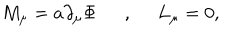
LaTeX: M _ { \mu } = a \partial _ { \mu } \Phi \, \, \, \, \, \, \, \, \, , \, \, \, \, \, \, \, \, L _ { \mu } = 0 ,